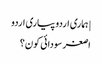
| ہماری اردو پیاری اردو
اصغر سودائی کون؟